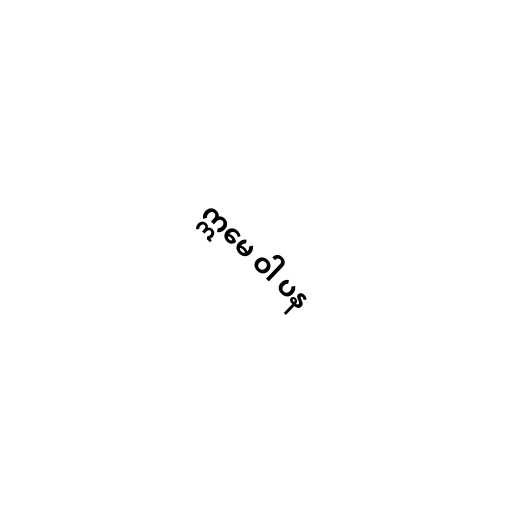
ဣမေ ဝါ ပန